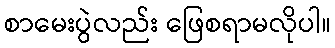
စာမေးပွဲလည်း ဖြေစရာမလိုပါ။